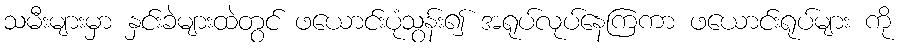
သမီးများမှာ နှင်းခဲများထဲတွင် ဖယောင်းပုံသွန်း၍ အရုပ်လုပ်နေကြကာ ဖယောင်းရုပ်များ ကို